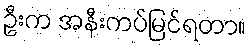
ဦးက အနီးကပ်မြင်ရတာ။